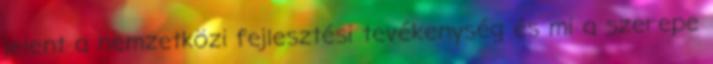
jelent a nemzetközi fejlesztési tevékenység és mi a szerepe